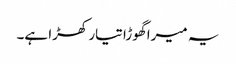
یہ میرا گھوڑا تیار کھڑا ہے۔